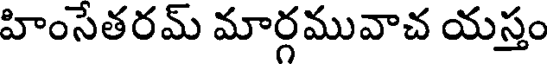
హింసేతరమ్ మార్గమువాచ యస్తం